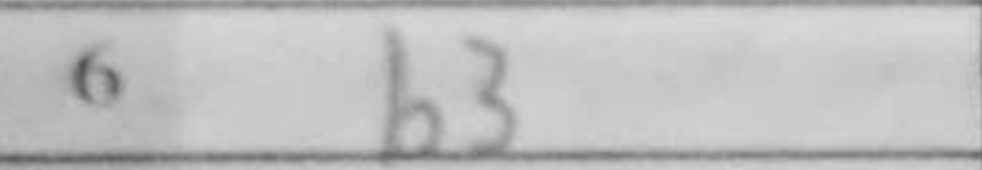
Transcription: b3